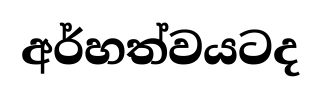
අර්හත්වයටද